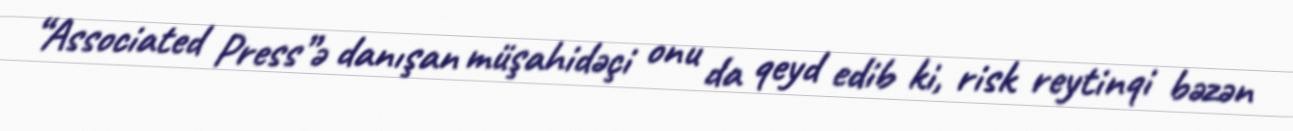
“Associated Press”ə danışan müşahidəçi onu da qeyd edib ki, risk reytinqi bəzən